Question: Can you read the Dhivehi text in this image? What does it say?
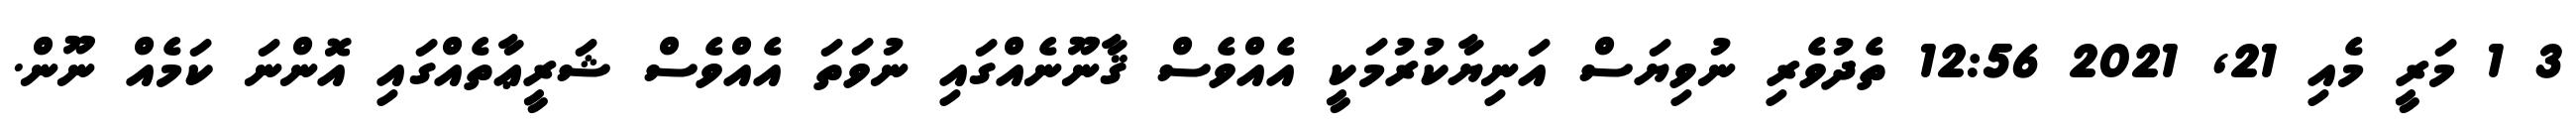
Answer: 3 1 މަރީ މެއި 21, 2021 12:56 ތެދުވެރި ނުވިޔަސް އަނިޔާކުރުމަކީ އެއްވެސް ޤާނޫނެއްގައި ނުވަތަ އެއްވެސް ޝަރީޢާތެއްގައި އޮންނަ ކަމެއް ނޫން.